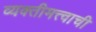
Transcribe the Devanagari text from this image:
व्यक्तीमत्त्वाची